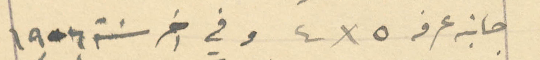
جانبه غرفه ٥ x  ٤  وفي ىخر سنة ١۹٠٦